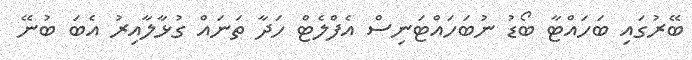
ބޭރުގައި ބަހައްޓާ ބޯޑު ނުބަހައްޓަނިސް އެފްލެޓް ހަދާ ތަނައް ގުޅާލާއިރު އެބަ ބުނޭ